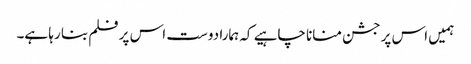
ہمیں اس پر جشن منانا چاہیے کہ ہمارا دوست اس پر فلم بنا رہا ہے۔